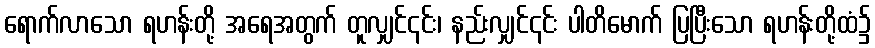
ရောက်လာသော ရဟန်းတို့ အရေအတွက် တူလျှင်၎င်း၊ နည်းလျှင်၎င်း ပါတိမောက် ပြပြီးသော ရဟန်းတို့ထံ၌